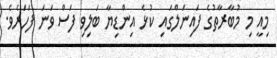
މިއީ މި މުބާރާތުގެ ފައިނަލްގައި ކުޅެ އިންޑިޔާ ބަލިވި ފަސް ވަނަ ފަހަރެވެ.